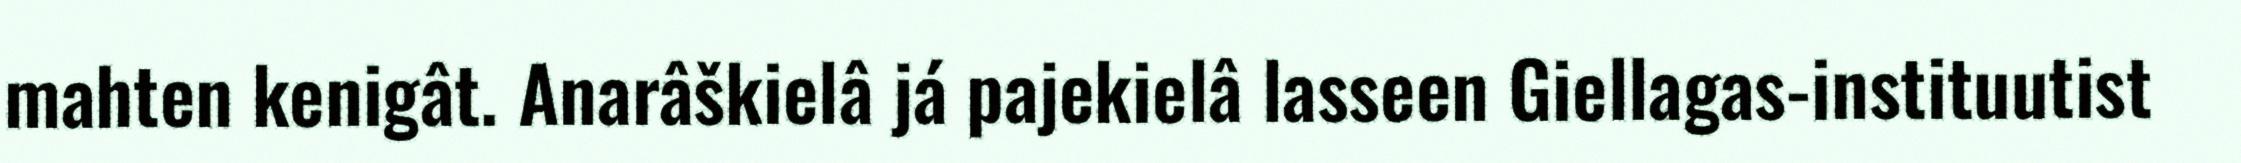
mahten kenigât. Anarâškielâ já pajekielâ lasseen Giellagas-instituutist